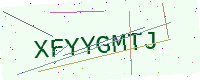
Text: XFYYGMTJ